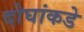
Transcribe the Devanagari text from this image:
दोघांकडे